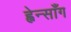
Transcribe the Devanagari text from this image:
ह्वेन्साँग